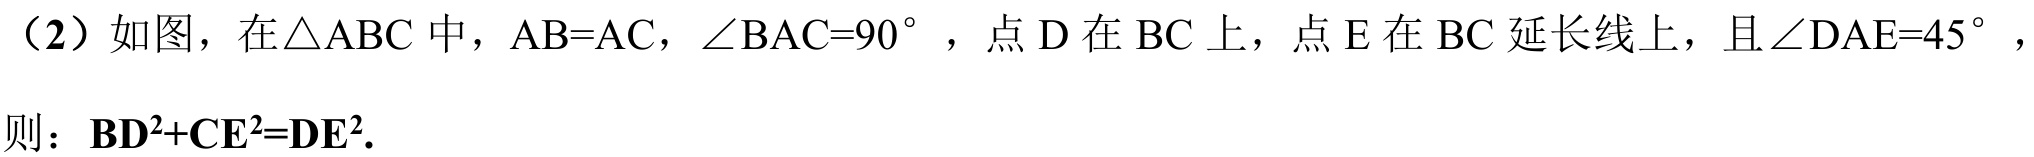
（2）如图，在\(\triangle ABC\)中，\(AB = AC\)，\(\angle BAC = 90^{\circ}\)，点\(D\)在\(BC\)上，点\(E\)在\(BC\)延长线上，且\(\angle DAE = 45^{\circ}\)，
则：\(BD^{2}+CE^{2}=DE^{2}\).